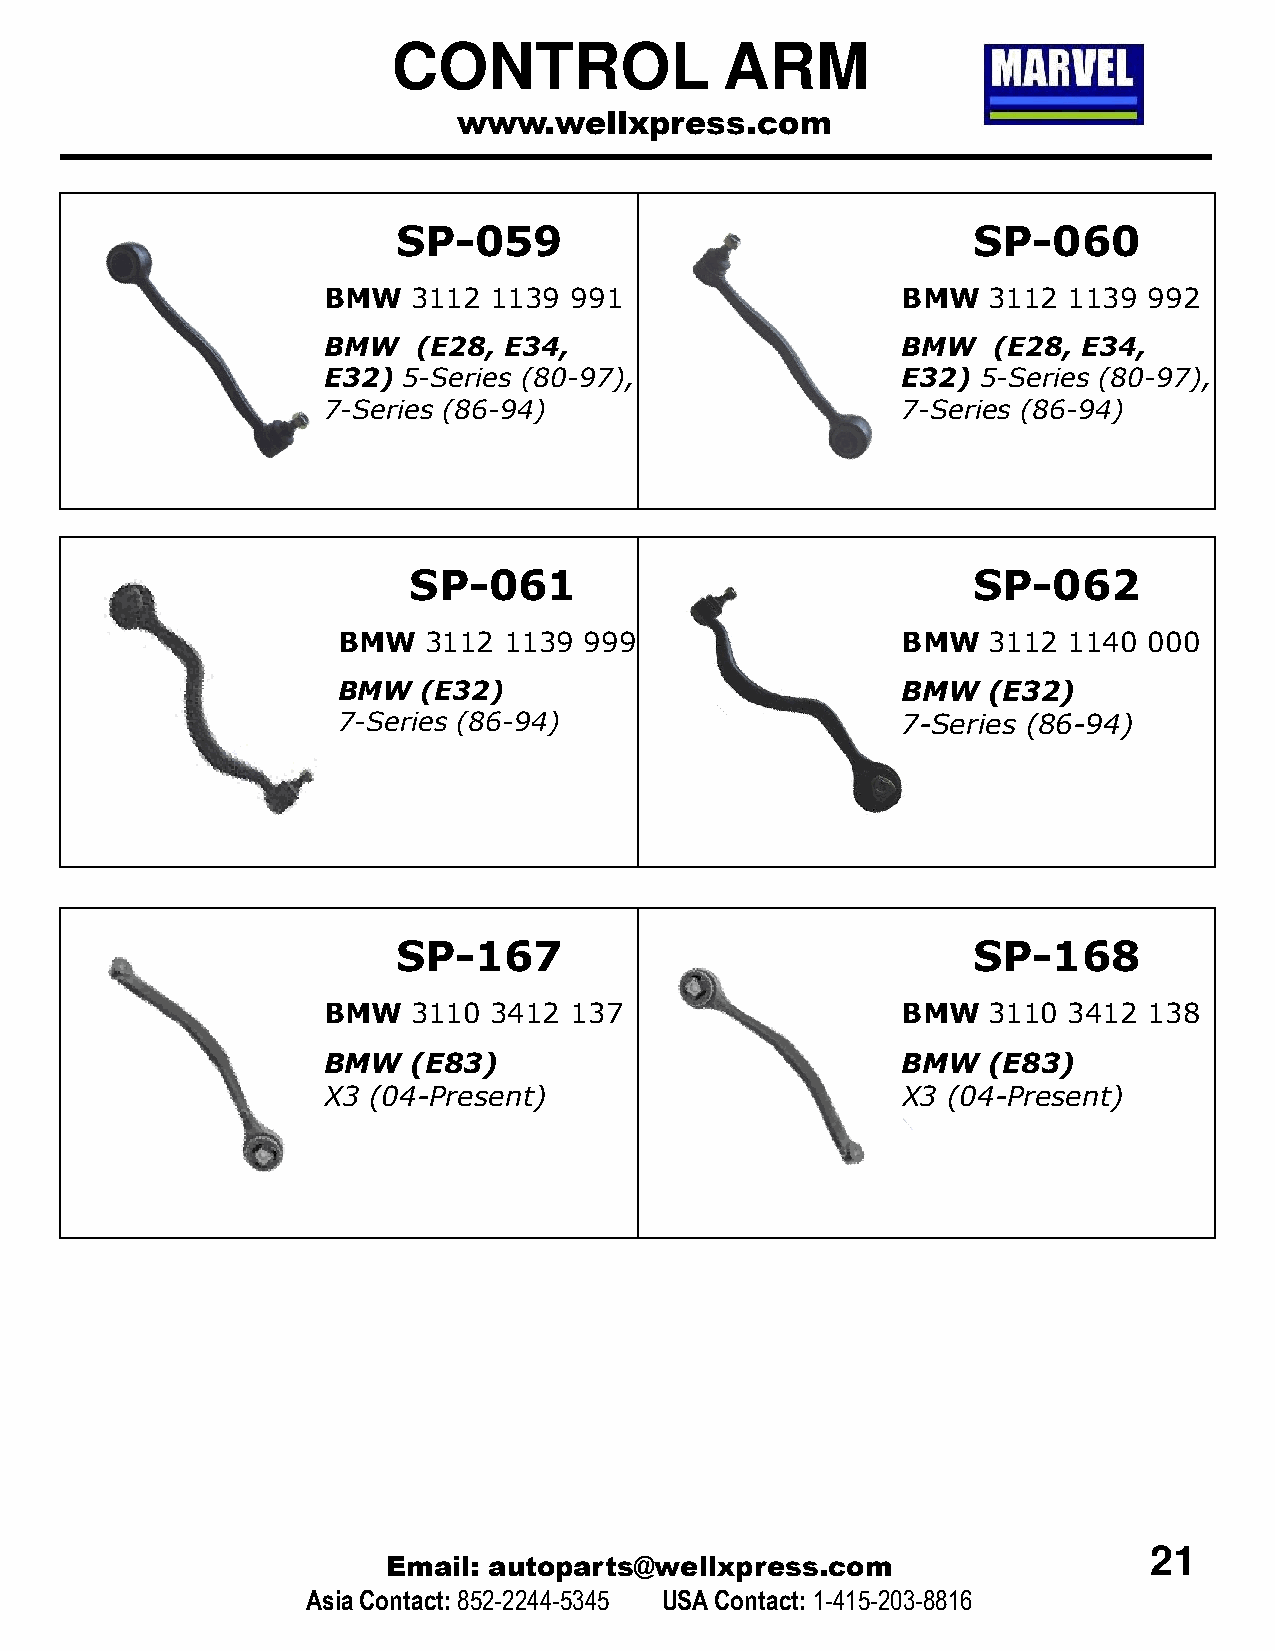
CONTROL               ARM
 www.wellxpress.com
 SP-059                                SP-060
 BMW   3112 1139  991                   BMW  3112  1139 992
 BMW    (E28, E34,                      BMW   (E28, E34,
 E32)  5-Series (80-97),                E32) 5-Series (80-97),
 7-Series (86-94)                       7-Series (86-94)
 SP-061                               SP-062
 BMW   3112 1139  999                  BMW  3112  1140 000
 BMW   (E32)                           BMW  (E32)
 7-Series (86-94)                      7-Series (86-94)
 SP-167                                SP-168
 BMW   3110 3412  137                   BMW  3110  3412 138
 BMW   (E83)                            BMW  (E83)
 X3 (04-Present)                        X3 (04-Present)
 21
 Email: autoparts@wellxpress.com
 Asia Contact:852-2244-5345 USA Contact: 1-415-203-8816